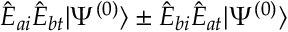
\hat { E } _ { a i } \hat { E } _ { b t } | \Psi ^ { ( 0 ) } \rangle \pm \hat { E } _ { b i } \hat { E } _ { a t } | \Psi ^ { ( 0 ) } \rangle